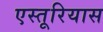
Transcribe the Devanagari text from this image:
एस्तूरियास